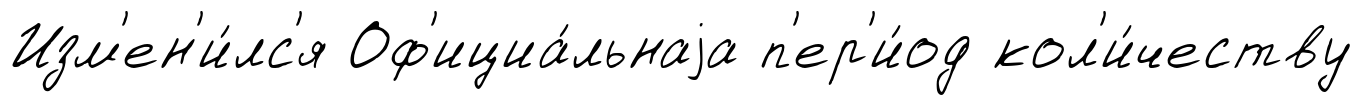
Изм'ен'и́лс'я Оф'ициа́льнаjа п'ер'и́од кол'и́честву